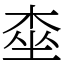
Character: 桽